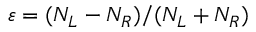
\varepsilon = ( N _ { L } - N _ { R } ) / ( N _ { L } + N _ { R } )